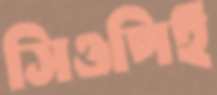
সিওপিই